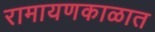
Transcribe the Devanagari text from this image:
रामायणकाळात